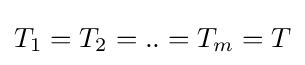
T_{1}=T_{2}=..=T_{m}=T